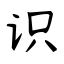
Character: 识